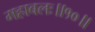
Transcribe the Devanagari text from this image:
महाबलः॥१०॥